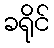
ခရိုင်